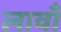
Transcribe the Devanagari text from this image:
लावाँ